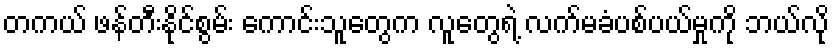
တကယ် ဖန်တီးနိုင်စွမ်း ကောင်းသူတွေက လူတွေရဲ့ လက်မခံပစ်ပယ်မှုကို ဘယ်လို